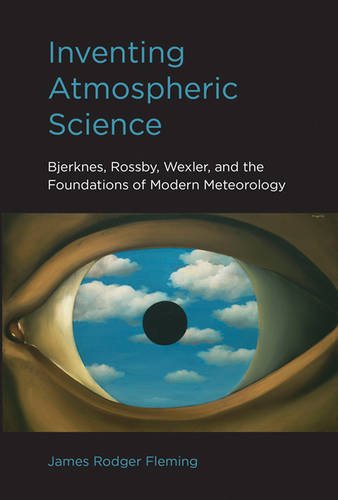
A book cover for Inventing Atmospheric Science: Bjerknes, Rossby, Wexler, and the Foundations of Modern Meteorology; James Rodger Fleming; Science & Math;